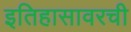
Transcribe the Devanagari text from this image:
इतिहासावरची